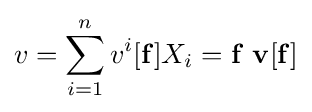
v=\sum _{i=1}^{n}v^{i}[\mathbf {f} ]X_{i}=\mathbf {f} \ \mathbf {v} [\mathbf {f} ]